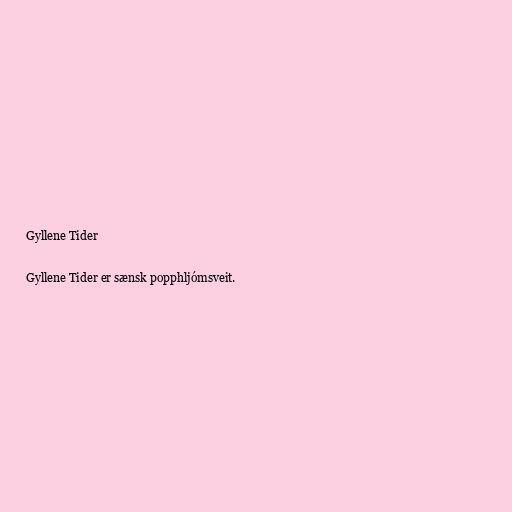
Gyllene Tider

Gyllene Tider er sænsk popphljómsveit.